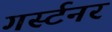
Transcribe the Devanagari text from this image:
गर्स्टनर